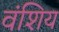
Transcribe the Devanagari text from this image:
वंशिय